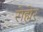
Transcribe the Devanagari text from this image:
रोह्मेर